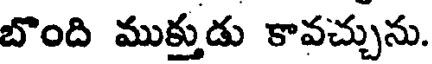
బొంది ముక్తుడు కావచ్చును.